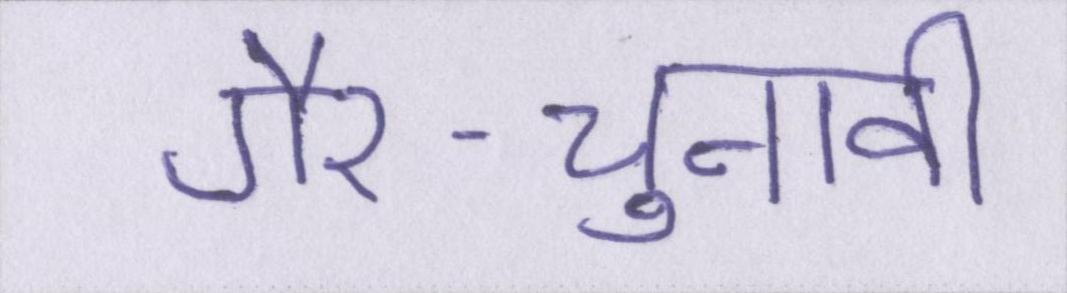
गैर-चुनावी